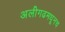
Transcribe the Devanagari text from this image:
अलीगढमधूनच